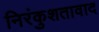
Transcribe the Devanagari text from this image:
निरंकुशतावाद